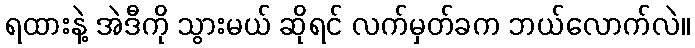
ရထားနဲ့ အဲဒီကို သွားမယ် ဆိုရင် လက်မှတ်ခက ဘယ်လောက်လဲ။